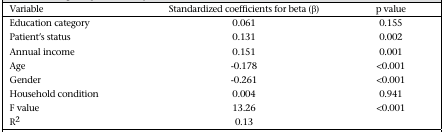
| Variable | Standardized coefficients for beta (β) | p value |
 | --- | --- | --- |
 | Education category | 0.061 | 0.155 |
 | Patient's status | 0.131 | 0.002 |
 | Annual income | 0.151 | 0.001 |
 | Age | -0.178 | <0.001 |
 | Gender | -0.261 | <0.001 |
 | Household condition | 0.004 | 0.941 |
 | F value | 13.26 | <0.001 |
 | R2 | 0.13 |  |